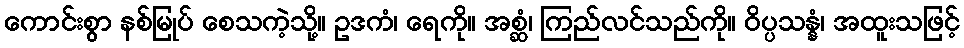
ကောင်းစွာ နစ်မြုပ် စေသကဲ့သို့။ ဥဒကံ၊ ရေကို။ အစ္ဆံ၊ ကြည်လင်သည်ကို။ ဝိပ္ပသန္နံ၊ အထူးသဖြင့်